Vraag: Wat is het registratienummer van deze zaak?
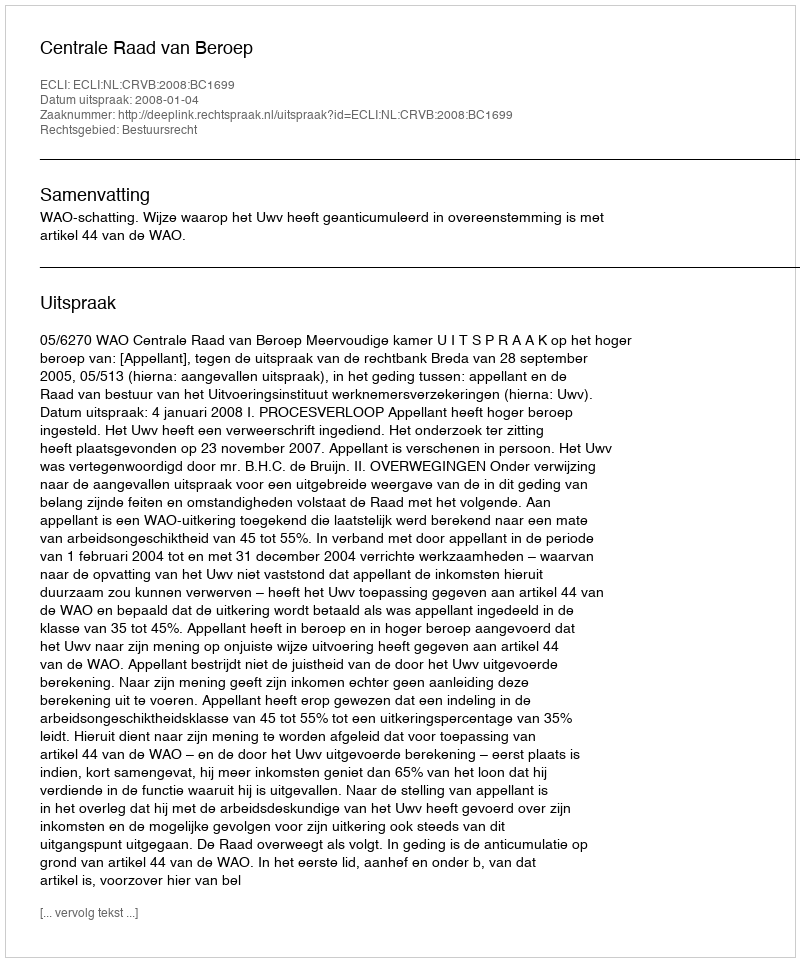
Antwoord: http://deeplink.rechtspraak.nl/uitspraak?id=ECLI:NL:CRVB:2008:BC1699